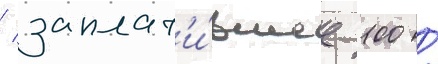
/ заплат'и́вшее 100 /